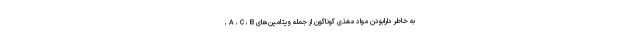
به خاطر دارابودن مواد مغذی گوناگون از جمله ویتامین‌های A ، C ، B ،